Sleeping sickness
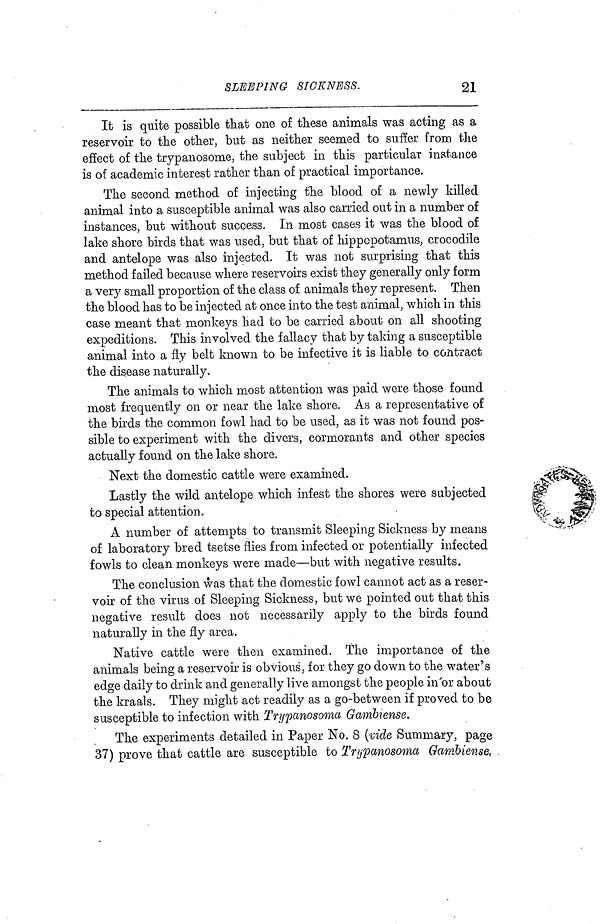
SLEEPING SICKNESS.
21
It is quite possible that one of these animals was acting as a
reservoir to the other, but as neither seemed to suffer from the
effect of the trypanosome, the subject in this particular instance
is of academic interest rather than of practical importance.
The second method of injecting the blood of a newly killed
animal into a susceptible animal was also carried out in a number of
instances, but without success. In most cases it was the blood of
lake shore birds that was used, but that of hippopotamus, crocodile
and antelope was also injected. It was not surprising that this
method failed because where reservoirs exist they generally only form
a very small proportion of the class of animals they represent. Then
the blood has to be injected at once into the test animal, which in this
case meant that monkeys had to be carried about on all shooting
expeditions. This involved the fallacy that by taking a susceptible
animal into a fly belt known to be infective it is liable to contract
the disease naturally.
The animals to which most attention was paid were those found
most frequently on or near the lake shore. As a representative of
the birds the common fowl had to be used, as it was not found pos-
sible to experiment with the divers, cormorants and other species
actually found on the lake shore.
Next the domestic cattle were examined.
Lastly the wild antelope which infest the shores were subjected
to special attention.
A number of attempts to transmit Sleeping Sickness by means
of laboratory bred tsetse flies from infected or potentially infected
fowls to clean monkeys were made—but with negative results.
The conclusion was that the domestic fowl cannot act as a reser-
voir of the virus of Sleeping Sickness, but we pointed out that this
negative result does not necessarily apply to the birds found
naturally in the fly area.
Native cattle were then examined. The importance of the
animals being a reservoir is obvious, for they go down to the water's
edge daily to drink and generally live amongst the people in or about
the kraals. They might act readily as a go-between if proved to be
susceptible to infection with Trypanosoma Gatnbiense.
The experiments detailed in Paper No. 8 (vide Summary, page
37) prove that cattle are susceptible to Trypanosoma Gambiense,